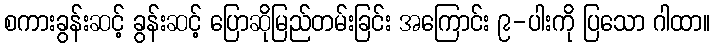
စကားခွန်းဆင့် ခွန်းဆင့် ပြောဆိုမြည်တမ်းခြင်း အကြောင်း ၉-ပါးကို ပြသော ဂါထာ။